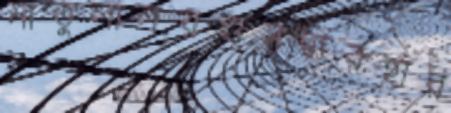
মাতুলালয়ওসদ্ব্যবহার